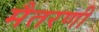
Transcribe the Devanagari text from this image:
मैतरणी